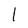
Character: l